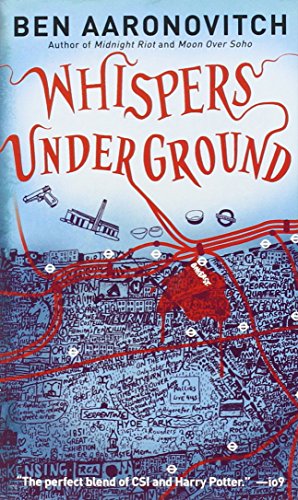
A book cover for Whispers Under Ground (Peter Grant); Ben Aaronovitch; Mystery, Thriller & Suspense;